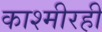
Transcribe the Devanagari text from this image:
काश्मीरही